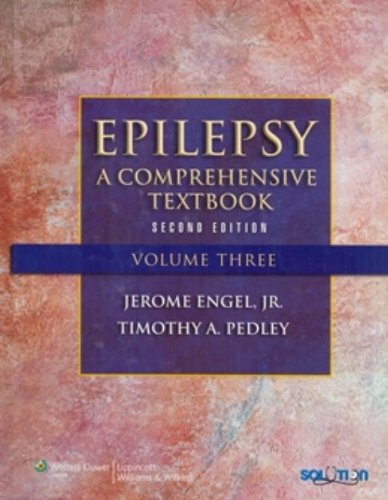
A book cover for Epilepsy: A Comprehensive Textbook (3-volume set); Health, Fitness & Dieting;